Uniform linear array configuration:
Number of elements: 12
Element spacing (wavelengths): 0.5
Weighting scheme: binomial
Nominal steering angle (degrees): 0
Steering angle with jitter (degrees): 0.9506
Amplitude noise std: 0.05
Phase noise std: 0.05

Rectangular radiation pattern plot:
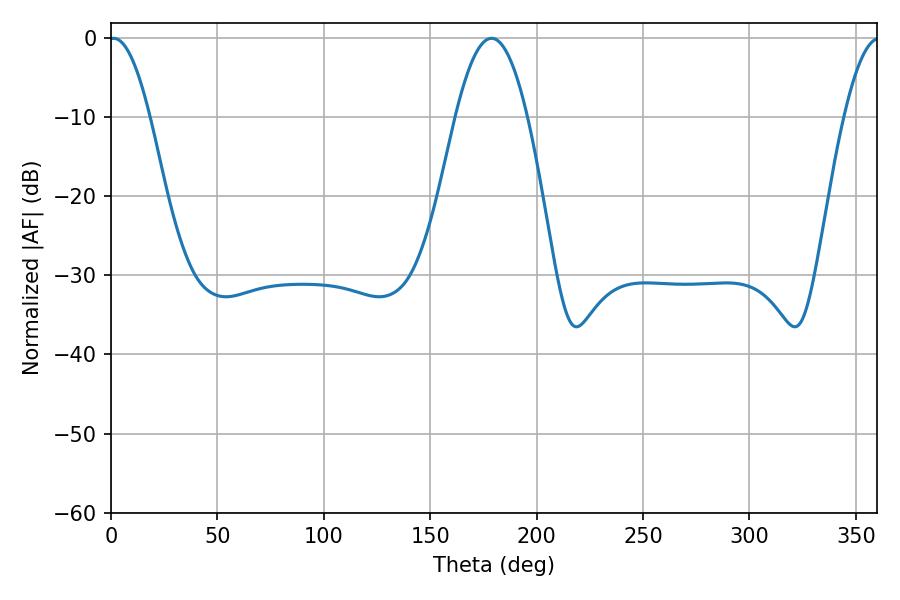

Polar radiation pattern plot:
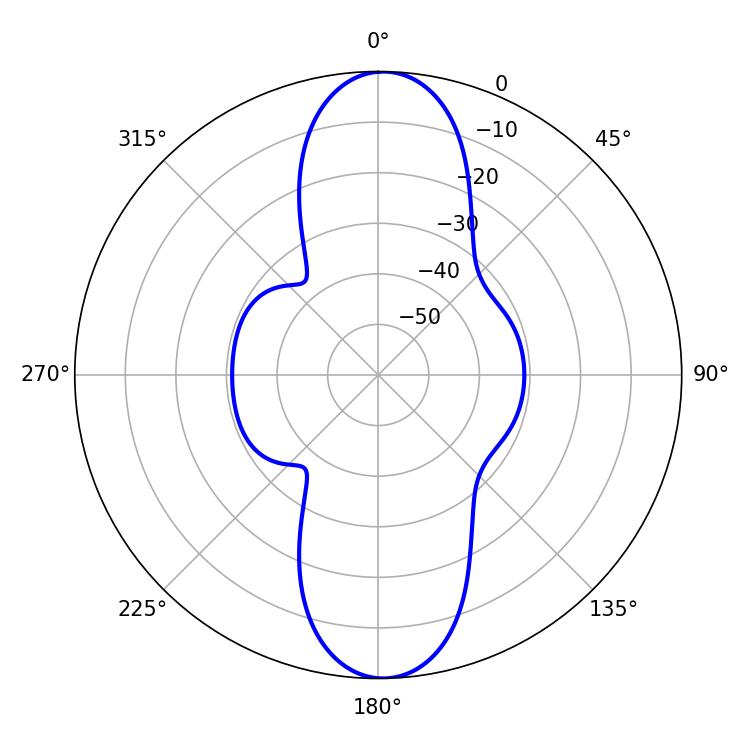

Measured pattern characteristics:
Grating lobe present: FALSE
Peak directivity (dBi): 20.966
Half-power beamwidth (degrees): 10.44
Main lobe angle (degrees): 1.26